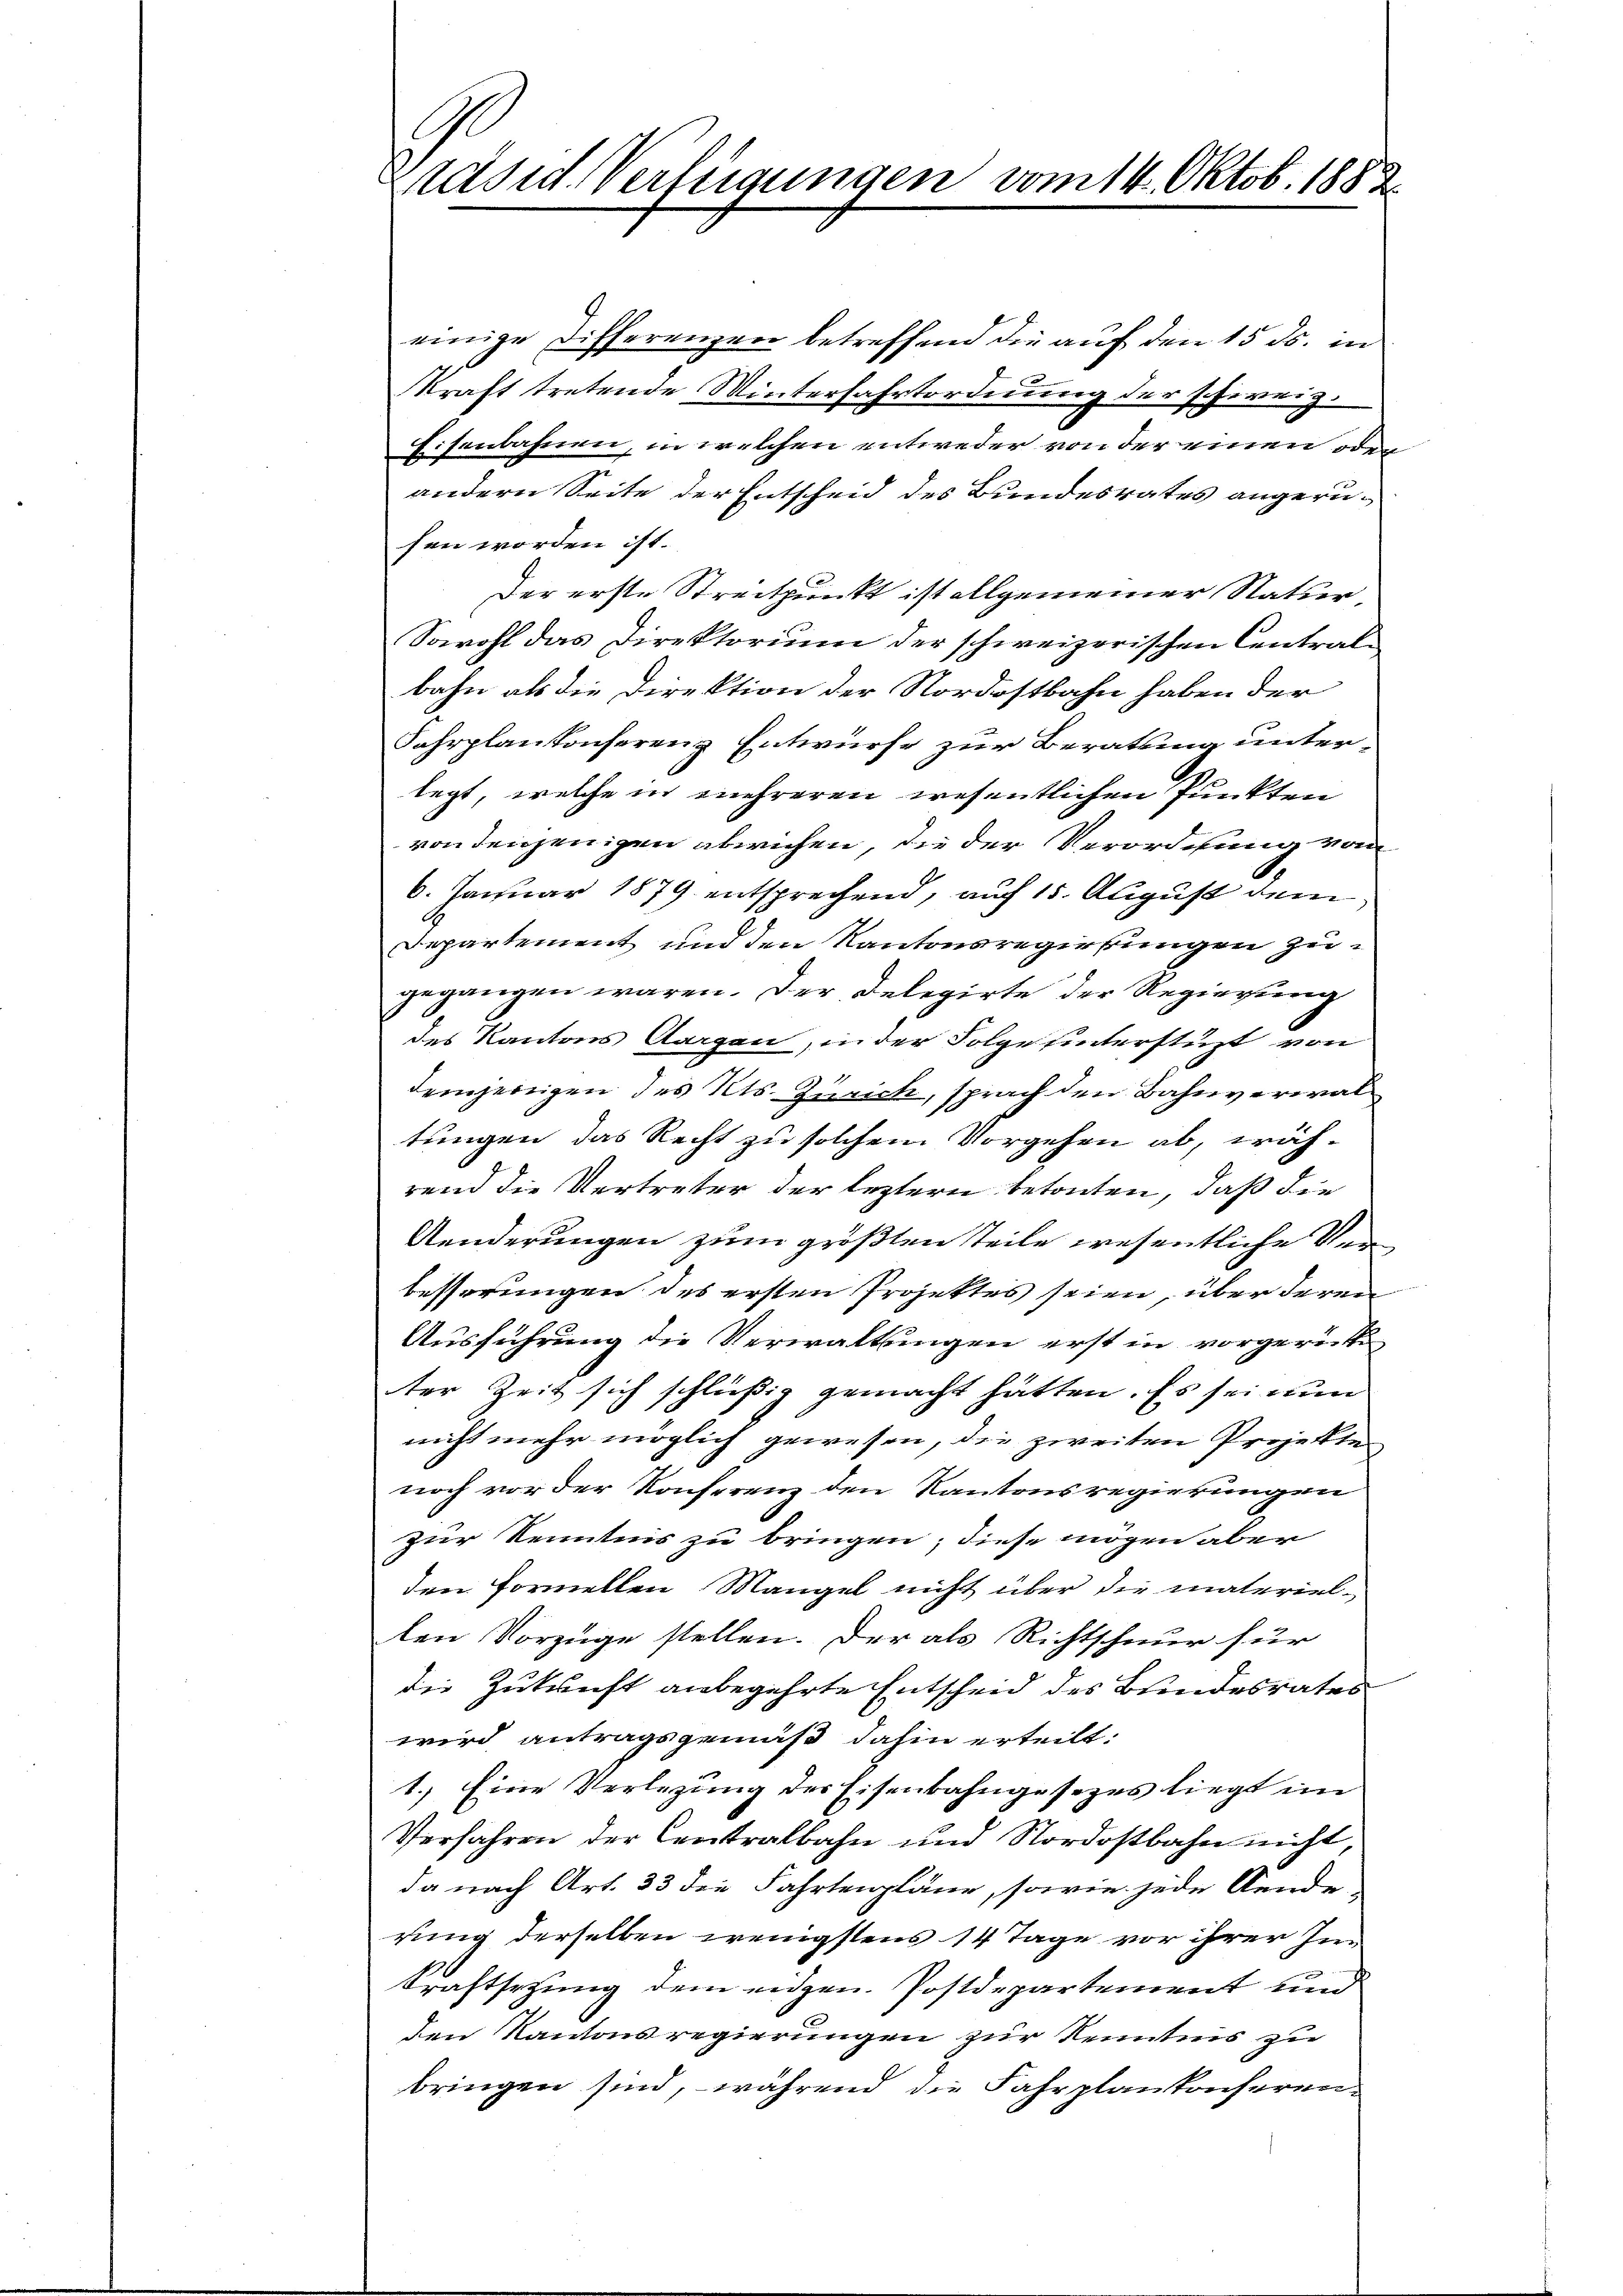
Präsid. Verfügungen vom 14. Oktob. 1883.

einige Differenzen betreffend die auf den 15 ds. in
kraft tretende Winterfahrtordnung der schweiz.
Eisenbahnen, in welchen entweder von der einen oder
andern Seite der Entscheid des Bundesrates angerusen worden ist.
Der erste Streitpunkt ist allgemeiner Statter,
Sowohl das Direktorium der schweizerischen Centralbahn als die Direktion der Nordostbahn haben der
Fahrplankonferenz Entwürfe zur Beratung unterlegt, welche in mehreren wesentlichen Punkten
von denjenigen abwichen, die der Verordnung vom
6. Januar 1879 entsprechend, auf 15. August dem
Departement und den Kantonsregirkungen zugegangen wären. Der Delegirte der Regierung
des Kantons Aargau, in der Folge unterstüzt von
demjenigen des Kts. Zürich, sprach den Bahnverwaltungen das Recht zu solchem Vorgehen ab, während die Vertreter der leztern betonten, daß die
Aenderungen zum größten Teile wesentliche Verbesserungen des ersten Projektes seien, über deren
Ausführung die Verwaltungen erst in vorgereite
ter Zeit sich schlüßig gemacht hätten. Es sei nun
nicht mehr möglich gewesen, die zweiten Projekte
noch vor der Konferenz den Kantonsregierungen
zur Kenntnis zu bringen; diese mögen aber
den Formellen Mangel nicht über die materiel-
len Vorzüge stellen. Der als Richtschnur für
die Zukunft anbegehrte Entscheid des Bundesrates
wird antragsgemäß dahin erteilt:
1.) Eine Verlegung der Eisenbahngesetzes liegt im
Verfahren der Centralbahn und Nordostbahn nicht,
da nach Art. 33 die Fahrtenpläne, sowie jede Aende-
rung derselben wenigstens 14 Tage vor ihrer Inn
kraftsetzung dem eidgen. Postdepartement und
den Kantonsregierungen zur Kenntnis zu
bringen sind, während die Fahrplankonferen¬